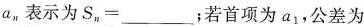
a，表示为S，=__；若首项为a1，公差为